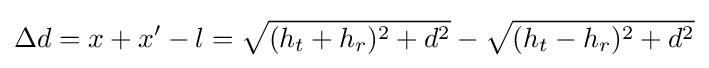
\Delta d=x+x'-l={\sqrt {(h_{t}+h_{r})^{2}+d^{2}}}-{\sqrt {(h_{t}-h_{r})^{2}+d^{2}}}